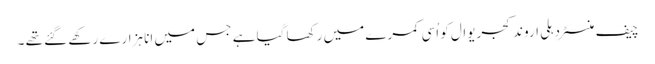
چیف منسٹر دہلی اروند کجریوال کو اُسی کمرے میں رکھا گیا ہے جس میں انا ہزارے رکھے گئے تھے ۔